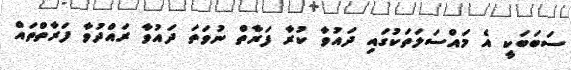
ސަބަބަކީ އެ މައްސަލަތަކުގައި ދައުވާ ކުރާ ފަރާތް ނުވަތަ ދައުވާ ރައްދުވާ ފަރާތްތައް